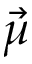
\vec { \mu }